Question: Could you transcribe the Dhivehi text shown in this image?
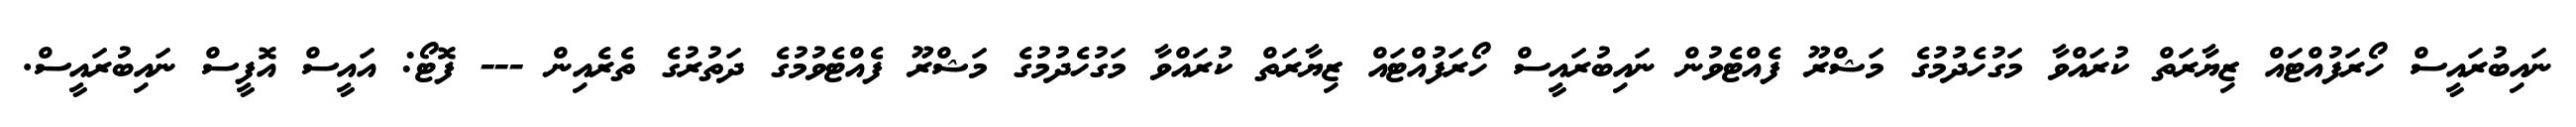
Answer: ނައިބުރައީސް ހޯރަފުއްޓައް ޒިޔާރަތް ކުރައްވާ މަގުހެދުމުގެ މަޝްރޫ ފެއްޓެވުން ނައިބުރައީސް ހޯރަފުއްޓައް ޒިޔާރަތް ކުރައްވާ މަގުހެދުމުގެ މަޝްރޫ ފެއްޓެވުމުގެ ދަތުރުގެ ތެރެއިން --- ފޮޓޯ: އައީސް އޮފީސް ނައިބުރައީސް.